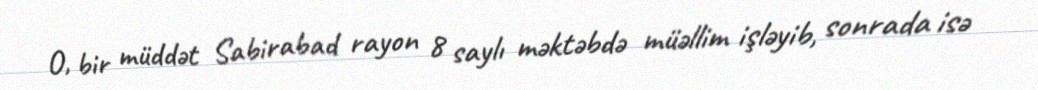
O, bir müddət Sabirabad rayon 8 saylı məktəbdə müəllim işləyib, sonrada isə